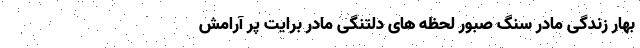
بهارِ زندگیِ مادر سنگِ صبورِ لحظه هایِ دلتنگی مادر برایت پر آرامش